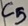
Text: C5